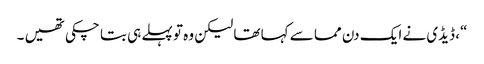
“، ڈیڈی نے ایک دن مما سے کہا تھا لیکن وہ تو پہلے ہی بتا چکی تھیں ۔